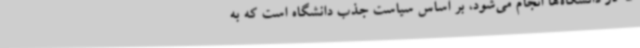
که در دانشگاه‌ها انجام می‌شود، بر اساس سیاست جذب دانشگاه است که به